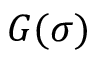
G ( \sigma )